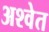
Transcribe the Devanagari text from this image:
अश्‍वेत